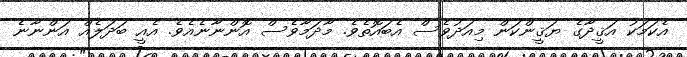
އެކަމަކު އަޤީދާގެ ޔަޤީންކަން މިއަދުވެސް އެބައޮތެވެ. މާދަމާވެސް އޮންނާނެއެވެ. އެއީ ބަދަލެއް އަންނާނެ